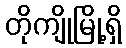
တိုကျိုမြို့ရှိ